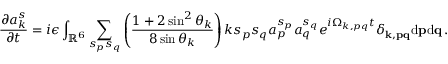
{ \frac { \partial a _ { k } ^ { s } } { \partial t } } = i \epsilon \int _ { \mathbb { R } ^ { 6 } } \sum _ { s _ { p } s _ { q } } \left( \frac { 1 + 2 \sin ^ { 2 } \theta _ { k } } { 8 \sin \theta _ { k } } \right) k s _ { p } s _ { q } a _ { p } ^ { s _ { p } } a _ { q } ^ { s _ { q } } e ^ { i \Omega _ { k , p q } t } \delta _ { { \bf k } , { \bf p } { \bf q } } \mathrm { d } { \bf p } \mathrm { d } { \bf q } \, .